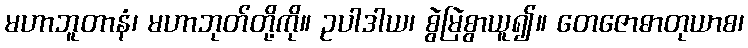
မဟာဘူတာနံ၊ မဟာဘုတ်တို့ကို။ ဥပါဒါယ၊ စွဲမြဲစွာယူ၍။ တေဇောဓာတုယာစ၊